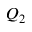
Q _ { 2 }